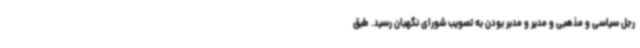
رجل سیاسی و مذهبی و مدیر و مدبر بودن به تصویب شورای نگهبان رسید. طبق